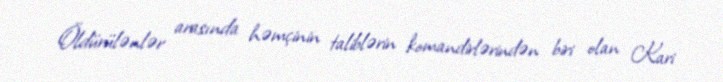
Öldürülənlər arasında həmçinin taliblərin komandirlərindən biri olan Kari